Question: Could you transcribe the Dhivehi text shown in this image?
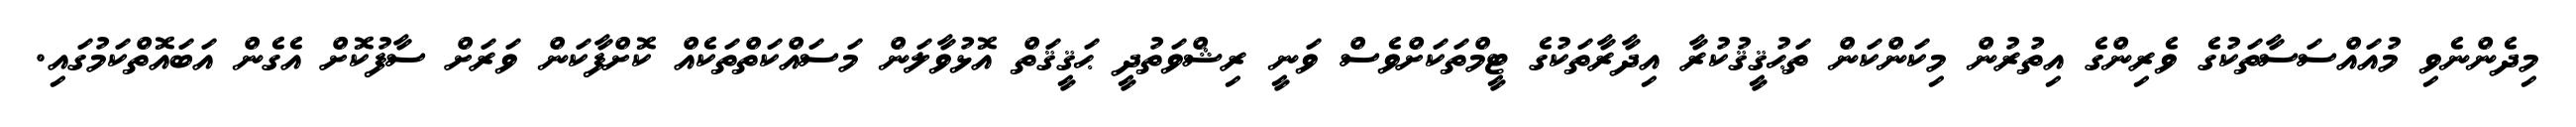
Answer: މިދެންނެވި މުއައްސަސާތަކުގެ ވެރިންގެ އިތުރުން މިކަންކަން ތަޙުޤީޤުކުރާ އިދާރާތަކުގެ ޓީމްތަކަށްވެސް ވަނީ ރިޝްވަތުދީ ޙަޤީޤަތް އޮޅުވާލަން މަސައްކަތްތަކެއް ކޮށްފާކަން ވަރަށް ސާފުކޮށް އެގެން އަބައޮތްކަމުގައި.